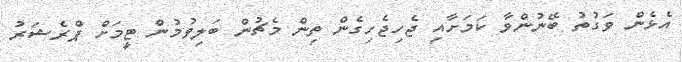
އެޅެން ވަގުތު ބޭނުންވާ ކަމަށާއި ޖެހިޖެހިގެން ތިން މެޗުން ބަލިވުމުން ޓީމަށް ޕްރެޝަރު